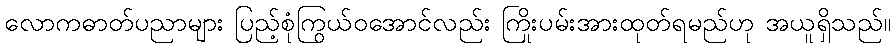
လောကဓာတ်ပညာများ ပြည့်စုံကြွယ်ဝအောင်လည်း ကြိုးပမ်းအားထုတ်ရမည်ဟု အယူရှိသည်။